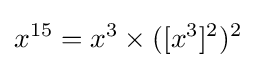
x^{15}=x^{3}\times ([x^{3}]^{2})^{2}